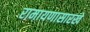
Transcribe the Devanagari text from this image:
रामायणासारखे